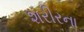
શરીરના